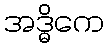
အဒ္ဓိကေ